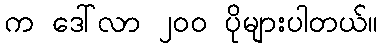
က ဒေါ်လာ ၂၀၀ ပိုများပါတယ်။